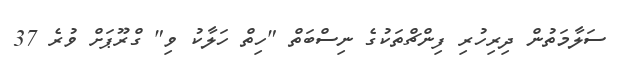
ސަލާމަތުން ދިރިހުރި ފިންޗްތަކުގެ ނިސްބަތް "ހިތް ހަލާކު ވި" ގްރޫޕަށް ވުރެ 37